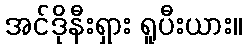
အင်ဒိုနီးရှား ရူပီးယား။